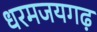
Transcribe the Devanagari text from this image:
धरमजयगढ़